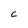
Character: c